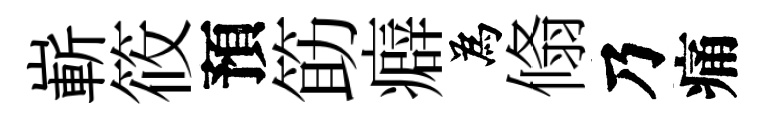
嶄筱預筯癖為翛乃痛